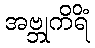
အဗ္ဘုကိရိံ